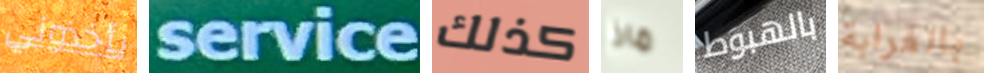
يأخذوني service كذلك ماذا بالهبوط بالغرابة